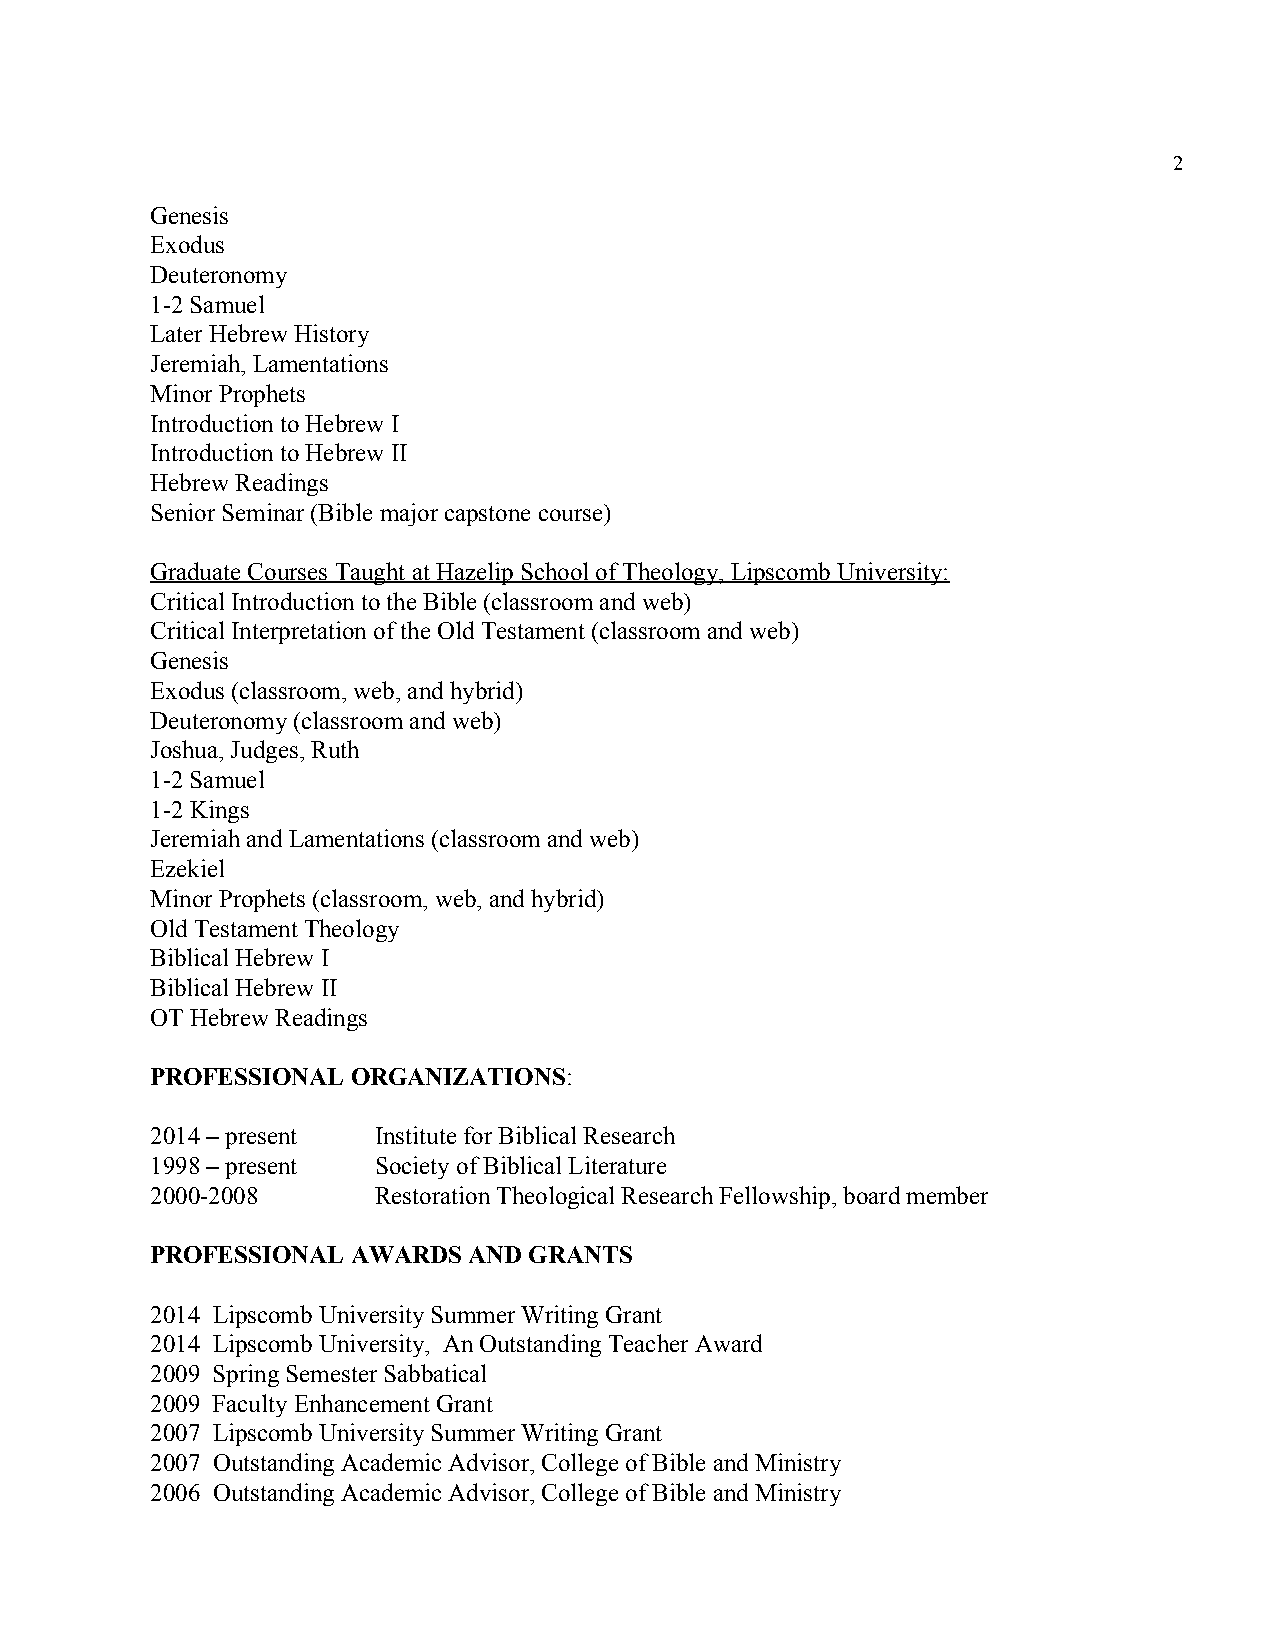
2
 Genesis
 Exodus
 Deuteronomy
 1-2 Samuel
 Later Hebrew History
 Jeremiah, Lamentations
 Minor Prophets
 Introduction to Hebrew I
 Introduction to Hebrew II
 Hebrew Readings
 Senior Seminar (Bible major capstone course)
 Graduate Courses Taught at Hazelip School of Theology, Lipscomb University:
 Critical Introduction to the Bible (classroom and web)
 Critical Interpretation of the Old Testament (classroom and web)
 Genesis
 Exodus (classroom, web, and hybrid)
 Deuteronomy (classroom and web)
 Joshua, Judges, Ruth
 1-2 Samuel
 1-2 Kings
 Jeremiah and Lamentations (classroom and web)
 Ezekiel
 Minor Prophets (classroom, web, and hybrid)
 Old Testament Theology
 Biblical Hebrew I
 Biblical Hebrew II
 OT Hebrew Readings
 PROFESSIONAL ORGANIZATIONS:
 ​
 2014 – present Institute for Biblical Research
 1998 – present Society of Biblical Literature
 2000-2008      Restoration Theological Research Fellowship, board member
 PROFESSIONAL AWARDS  AND GRANTS
 2014 Lipscomb University Summer Writing Grant
 2014 Lipscomb University, An Outstanding Teacher Award
 2009 Spring Semester Sabbatical
 2009 Faculty Enhancement Grant
 2007 Lipscomb University Summer Writing Grant
 2007 Outstanding Academic Advisor, College of Bible and Ministry
 2006 Outstanding Academic Advisor, College of Bible and Ministry